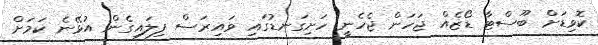
ކޮވިޑަށް ބޫސްޓާ ޑޯޒެއް ޖަހަން ޖެހެނީ ހަށިގަނޑުގައި ވައިރަސް ފިލައިގެން އުޅޭނެ ކަމަށް